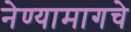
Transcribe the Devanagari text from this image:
नेण्यामागचे